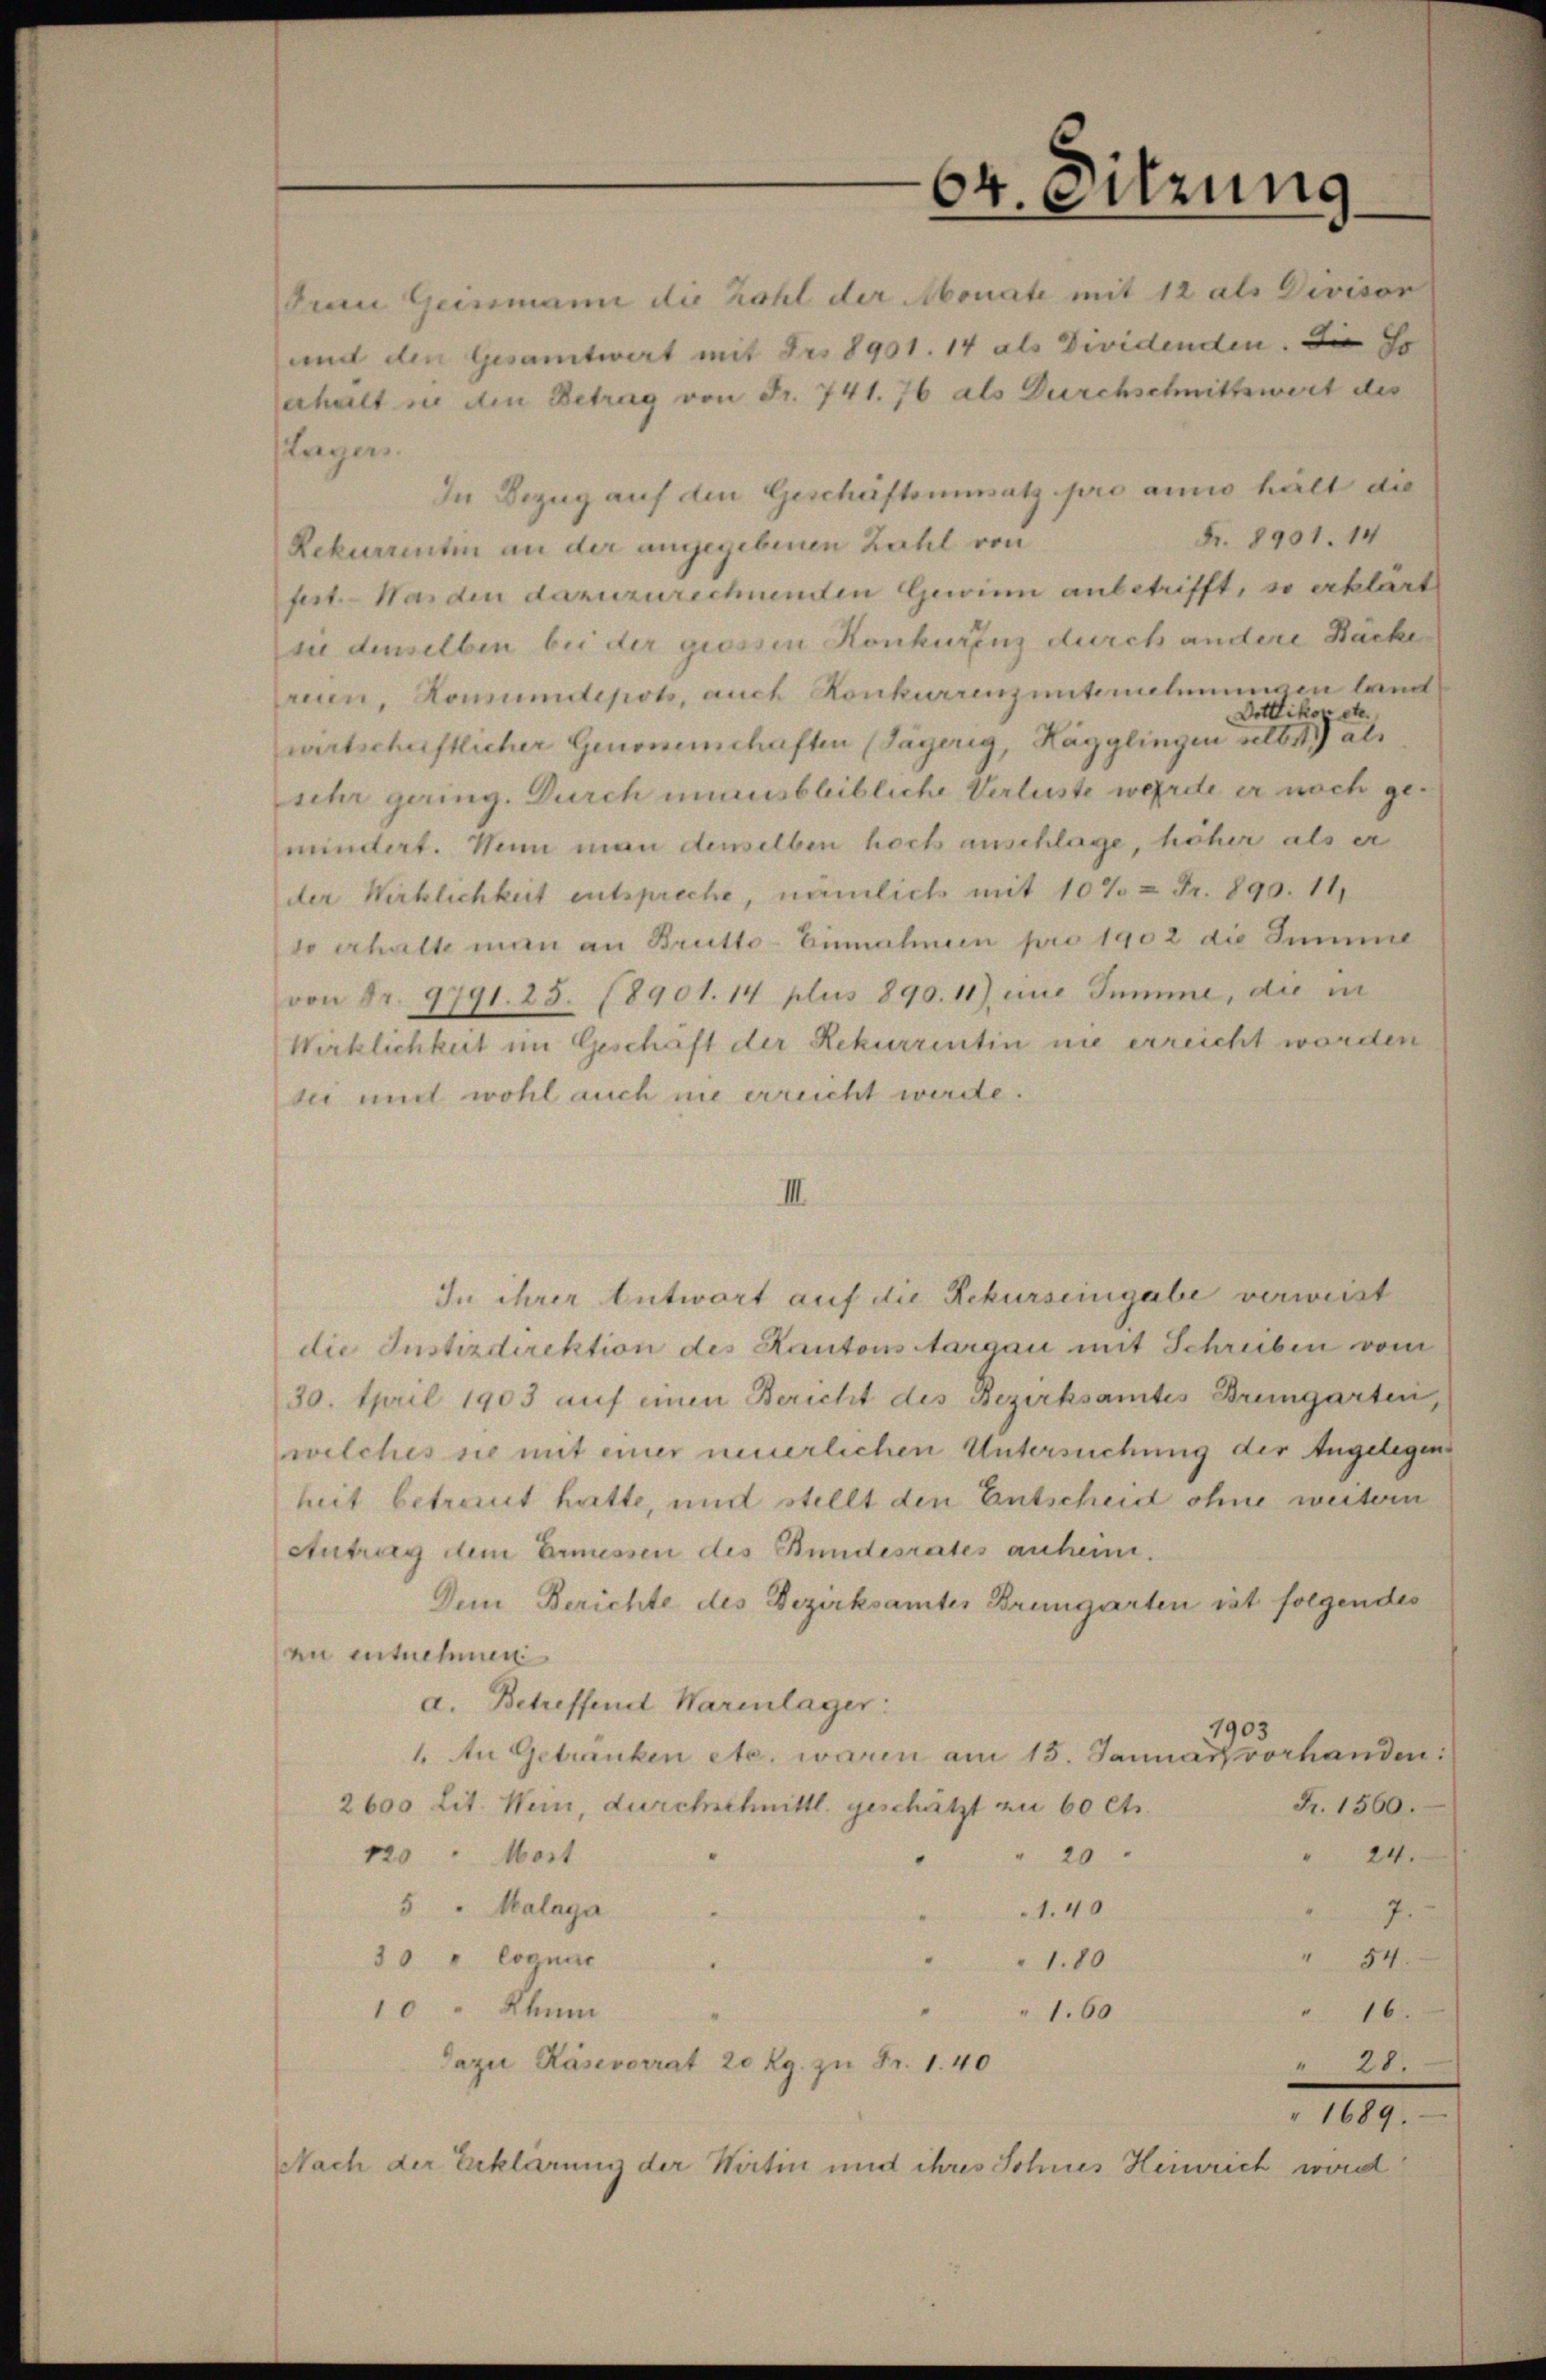
64. Sitzung

Juan Geinmann die Zahl der Monate mit 12 als Divisor
und den Gesamtwart mit Fr. 8901. 14 als Dividenden. Sie so
erheilt in den Betrag von Fr. 741. 76 als Durchschnittswert des
Lagers
In Bezug auf den Geschäftsumsatz pro am hält die
Fr. 8901. 14.
Rekurrentin an der angegebenen Zahl von
fert.- Was den dazuzurechnenden Gewinn anbetrifft, so erklärt
su denselben bei der grossen Konkurenz durch andere Bäcke
reien, Komunitepots, auch Konkorrenzunternehmungen laut
Dottikon etc.
wirtschriftlicher Genomenschaften (Sagerig, Hägglingen selbst als
sehr gering. Durch unausbleibliche Verluste werde er noch gemindert. Wenn man denselben hoch anschlage, höher als er
der Wirklichkeit entspreche, nämlich mit 10% & Fr. 890. 14
so erhalte man an Brutto-Einnahmen pro 1902 die Summe
von Fr. 9791. 25. 18901. 14 plus 890. 11) eine Summe, die in
Wirklichkeit im Geschaft der Rekurrentin nie erreicht worden
sei mit wohl auch nie erreicht werde.
III.
In ihrer Antwort auf die Rekurseingabe verweist
die Instizdirektion des Kantons Aargau mit Schreiben vom
30. April 1903 auf einen Bericht des Bezirksamtes Bremgarten,
welches sie mit einer neuerlichen Untersuchung der Angelegens
heit betreuet hatte, und stellt den Entscheid ohne weitern
Antrag dem Ermessen des Bundesrates anheim.
Dem Berichte des Bezirksamtes Brungarten ist folgendes
zu entnehmen
a. Betreffend Warenlager:
1903
1. An Getranken etc. waren am 15. Januar vorhanden.
Fr. 1560.
2600 Lit. Wein, durchschnittl. geschätzt zu 60 Cts.
24.
20
120 " Wort
5 " Malaga
1.40
7.
54.
30 " Cognare
1.80
10 " Khum
16.
1.60
Dazu Käseverrat 20 Rg. zu Fr. 1. 40
" 28
" 1689.
Nach der Erklärung der Wirtin und ihres Sohnes Heinrich wird